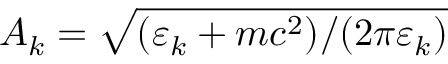
A _ { k } = \sqrt { ( \varepsilon _ { k } + m c ^ { 2 } ) / ( 2 \pi \varepsilon _ { k } ) }